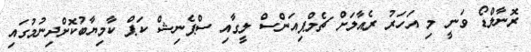
ރޮނާލްޑޯ ވަނީ މި އަހަރު ރެއާލަށް ޗެމްޕިއަންސް ލީގާއި ސްޕެނިޝް ކަޕް ކާމިޔާބުކޮށްދިނުމުގައި